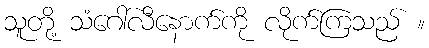
သူတို့ သံဂေါ်လီနောက်ကို လိုက်ကြသည် ။